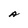
Character: A